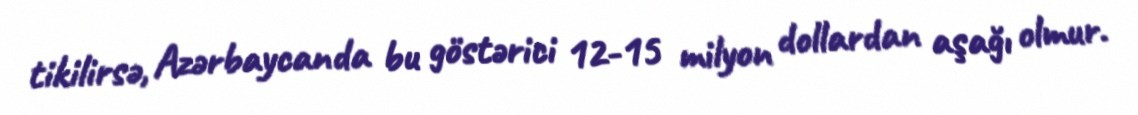
tikilirsə, Azərbaycanda bu göstərici 12-15 milyon dollardan aşağı olmur.